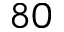
8 0